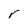
Character: r